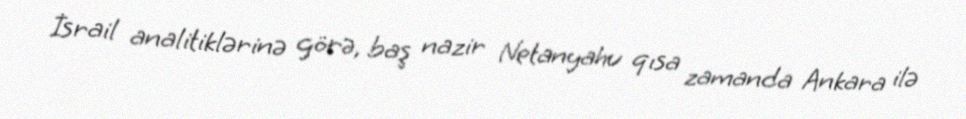
İsrail analitiklərinə görə, baş nazir Netanyahu qısa zamanda Ankara ilə